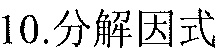
10.分解因式